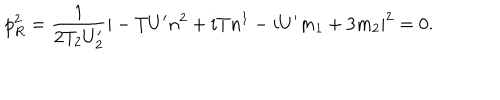
LaTeX: p _ { R } ^ { 2 } = \frac { 1 } { 2 T _ { 2 } U _ { 2 } ^ { \prime } } | - { T } U ^ { \prime } n ^ { 2 } + i { T } n ^ { 1 } - i U ^ { \prime } m _ { 1 } + 3 m _ { 2 } | ^ { 2 } = 0 .